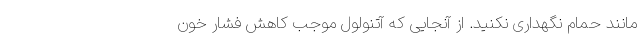
مانند حمام نگهداری نکنید. از آنجایی که آتنولول موجب کاهش فشار خون